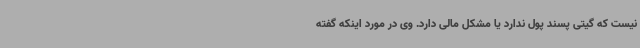
نیست که گیتی پسند پول ندارد یا مشکل مالی دارد. وی در مورد اینکه گفته